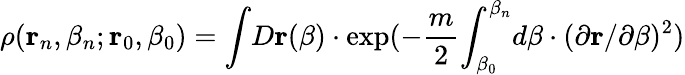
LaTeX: \rho({\mathbf r}_{n},\beta_{n};{\mathbf r}_{0},\beta_{0})={\int}D{\mathbf r}(\beta)\cdot\exp(-\frac m2{\int_{\beta_{0}}^{\beta_{n}}}d\beta\cdot(\partial{\mathbf r}/\partial\beta)^{2})